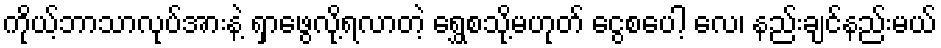
ကိုယ့်ဘာသာလုပ်အားနဲ့ ရှာဖွေလို့ရလာတဲ့ ရွှေစသို့မဟုတ် ငွေစပေါ့ လေ၊ နည်းချင်နည်းမယ်